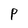
Character: P